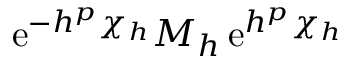
\ensuremath { \mathrm { e } } ^ { - h ^ { p } \chi _ { h } } M _ { h } \, \ensuremath { \mathrm { e } } ^ { h ^ { p } \chi _ { h } }